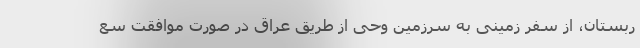
ربستان، از سفر زمینی به سرزمین وحی از طریق عراق در صورت موافقت سع